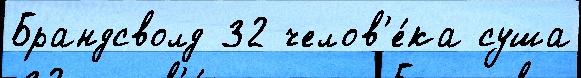
Брандсволд 32 челов'е́ка суша